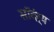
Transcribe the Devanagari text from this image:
सॉदंर्य